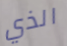
الذي